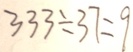
3 3 3 \div 3 7 = 9